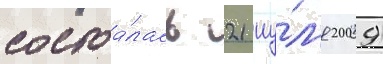
состоа́лась 21 иу́л'я 2009